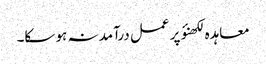
معاہدہ لکھنؤ پر عمل درآمد نہ ہو سکا۔